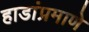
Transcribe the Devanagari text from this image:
हाडांप्रमाणे